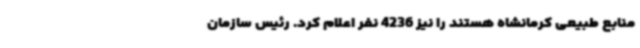
منابع طبیعی کرمانشاه هستند را نیز 4236 نفر اعلام کرد. رئیس سازمان